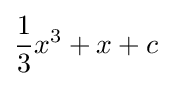
{\frac {1}{3}}x^{3}+x+c